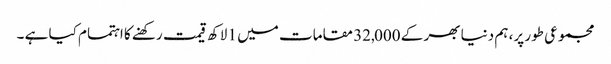
مجموعی طور پر، ہم دنیا بھر کے 32,000 مقامات میں 1 لاکھ قیمت رکھنے کا اہتمام کیا ہے ۔